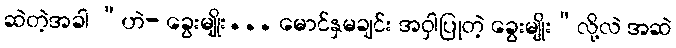
ဆဲတဲ့အခါ “ဟဲ- ခွေးမျိုး... မောင်နှမချင်း အဝှါပြုတဲ့ ခွေးမျိုး”လို့လဲ အဆဲ